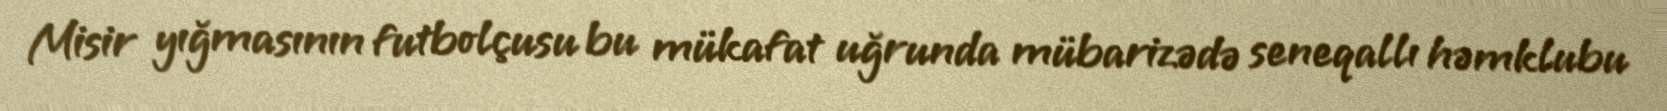
Misir yığmasının futbolçusu bu mükafat uğrunda mübarizədə seneqallı həmklubu